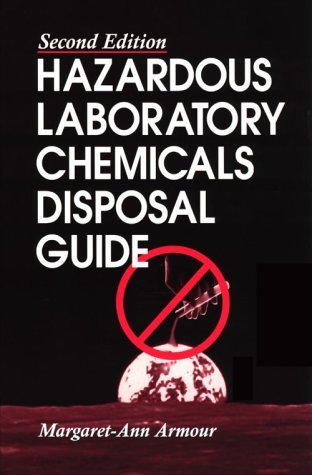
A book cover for Hazardous Laboratory Chemicals Disposal Guide, Second Edition; Margaret-Ann Armour; Science & Math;